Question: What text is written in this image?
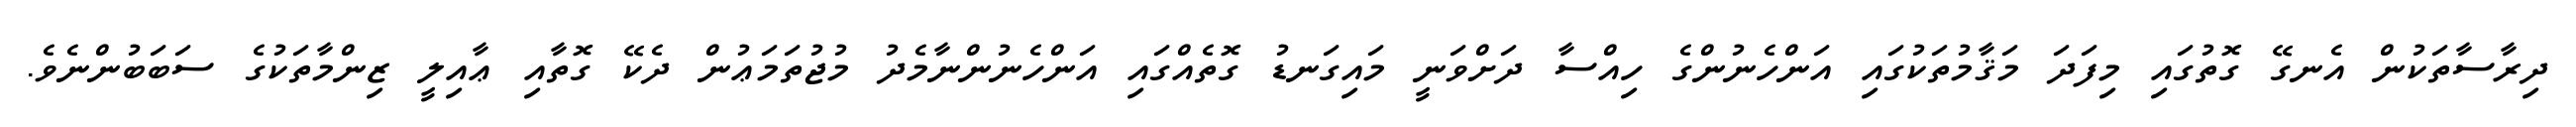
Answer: ދިރާސާތަކުން އެނގޭ ގޮތުގައި މިފަދަ މަޤާމުތަކުގައި އަންހެނުންގެ ހިއްސާ ދަށްވަނީ މައިގަނޑު ގޮތެއްގައި އަންހެނުންނާމެދު މުޖުތަމަޢުން ދެކޭ ގޮތާއި ޢާއިލީ ޒިންމާތަކުގެ ސަބަބުންނެވެ.